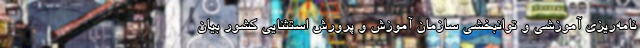
نامه‌ریزی آموزشی و توانبخشی سازمان آموزش و پرورش استثنایی کشور بیان